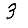
Digit: 3